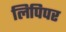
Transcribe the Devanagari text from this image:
लिपिपर